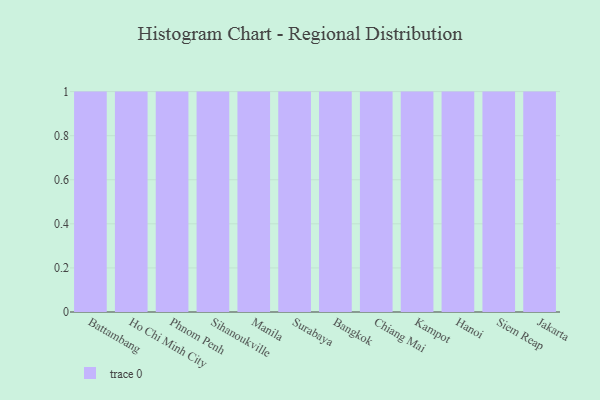
{"axis": {"x": "City", "y": "Churn Rate (%)"}, "legend": [""], "data": [{"x": "Battambang", "y": 6, "type": ""}, {"x": "Ho Chi Minh City", "y": 38, "type": ""}, {"x": "Phnom Penh", "y": 98, "type": ""}, {"x": "Sihanoukville", "y": 72, "type": ""}, {"x": "Manila", "y": 32, "type": ""}, {"x": "Surabaya", "y": 41, "type": ""}, {"x": "Bangkok", "y": 30, "type": ""}, {"x": "Chiang Mai", "y": 70, "type": ""}, {"x": "Kampot", "y": 52, "type": ""}, {"x": "Hanoi", "y": 5, "type": ""}, {"x": "Siem Reap", "y": 69, "type": ""}, {"x": "Jakarta", "y": 65, "type": ""}]}